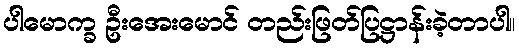
ပါမောက္ခ ဦးအေးမောင် တည်းဖြတ်ပြဋ္ဌာန်းခဲ့တာပါ။